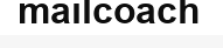
mailcoach